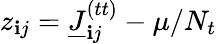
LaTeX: z_{\mathbf{i}j}=\underline{{{J}}}_{\mathbf{i}j}^{(tt)}-\mu/N_{t}